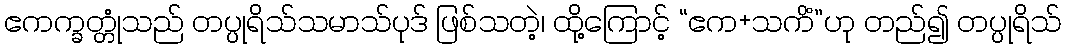
ဧကက္ခတ္တုံသည် တပ္ပုရိသ်သမာသ်ပုဒ် ဖြစ်သတဲ့၊ ထို့ကြောင့် “ဧက+သကိံ”ဟု တည်၍ တပ္ပုရိသ်